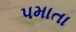
પમાતા